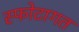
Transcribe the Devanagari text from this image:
स्फोटागत